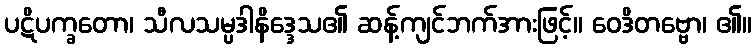
ပဋိပက္ခတော၊ သီလသမ္ပဒါနိဒ္ဒေသ၏ ဆန့်ကျင်ဘက်အားဖြင့်။ ဝေဒိတဗ္ဗော၊ ၏။